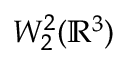
W _ { 2 } ^ { 2 } ( { \mathbb R } ^ { 3 } )